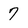
Character: 7